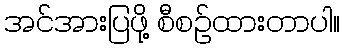
အင်အားပြဖို့ စီစဉ်ထားတာပါ။